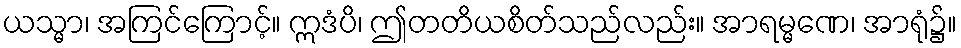
ယသ္မာ၊ အကြင်ကြောင့်။ ဣဒံပိ၊ ဤတတိယစိတ်သည်လည်း။ အာရမ္မဏေ၊ အာရုံ၌။